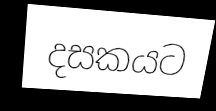
දසකයට